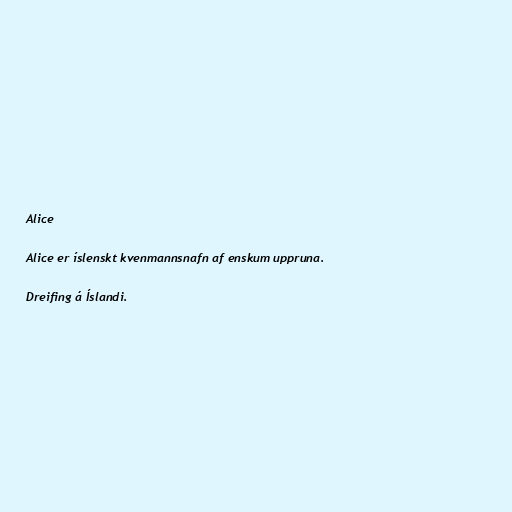
Alice

Alice er íslenskt kvenmannsnafn af enskum uppruna.

Dreifing á Íslandi.